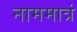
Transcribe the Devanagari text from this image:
नाममात्रं